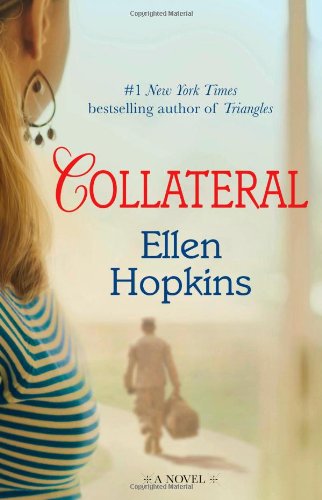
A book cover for Collateral: A Novel; Ellen Hopkins; Literature & Fiction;